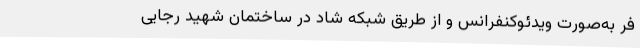
فر به‌صورت ویدئوکنفرانس و از طریق شبکه شاد در ساختمان شهید رجایی